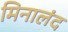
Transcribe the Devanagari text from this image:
मिनालंद